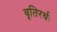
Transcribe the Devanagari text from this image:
वृतिरर्थः